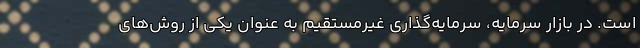
است. در بازار سرمایه‌، سرمایه‌گذاری غیرمستقیم به عنوان یکی از روش‌های